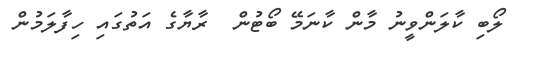
ލޯބި ކާލަންވީނު މާން ކާނަމޭ ބޯޓުން  ރާޔާގެ އަތުގައި ހިފާލަމުން